Reports on military cantonments and civil stations in the Presidency of Bombay inspected by the Sanitary Commissioner in the years 1875 and 1876
Year: 1875
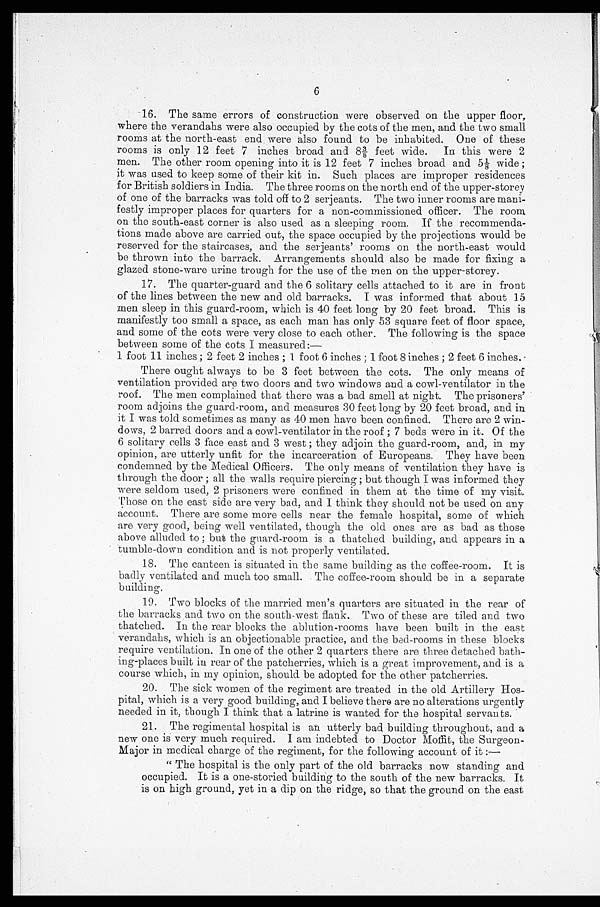
6
16. The same errors of construction were observed on the upper floor,
where the verandahs were also occupied by the cots of the men, and the two small
rooms at the north-east end were also found to be inhabited. One of these
rooms is only 12 feet 7 inches broad and 8 3/8 feet wide. In this were 2
men. The other room opening into it is 12 feet 7 inches broad and 5 1/8 wide;
it was used to keep some of their kit in. Such places are improper residences
for British soldiers in India. The three rooms on the north end of the upper-storey
of one of the barracks was told off to 2 serjeants. The two inner rooms are mani-
- f e s t l y i m p r o p e r p l a c e s f o r q u a r t e r s f o r a n o n - c o m m i s s i o n e d o f f i c e r . T h e r o o m
on the south-east corner is also used as a sleeping room. If the recommenda--
tions made above are carried out, the space occupied by the projections would be
reserved for the staircases, and the serjeants' rooms on the north-east would
be thrown into the barrack. Arrangements should also be made for fixing a
glazed stone-ware urine trough for the use of the men on the upper-storey.
17. The quarter-guard and the 6 solitary cells attached to it are in front
of the lines between the new and old barracks. I was informed that about 15
men sleep in this guard-room, which is 40 feet long by 20 feet broad. This is
manifestly too small a space, as each man has only 53 square feet of floor space,
and some of the cots were very close to each other. The following is the space
between some of the cots I measured:—
1 foot 11 inches; 2 feet 2 inches; 1 foot 6 inches; 1 foot 8 inches; 2 feet 6 inches.
There ought always to be 3 feet between the cots. The only means of
ventilation provided are two doors and two windows and a cowl-ventilator in the
roof. The men complained that there was a bad smell at night. The prisoners'
room adjoins the guard-room, and measures 30 feet long by 20 feet broad, and in
it I was told sometimes as many as 40 men have been confined. There are 2 win-
dows, 2 barred doors and a cowl-ventilator in the roof; 7 beds were in it. Of the
6 solitary cells 3 face east and 3 west; they adjoin the guard-room, and, in my
opinion, are utterly unfit for the incarceration of Europeans. They have been
condemned by the Medical Officers. The only means of ventilation they have is
through the door; all the walls require piercing; but though I was informed they
were seldom used, 2 prisoners were confined in them at the time of my visit.
Those on the east side are very bad, and I think they should not be used on any
account. There are some more cells near the female hospital, some of which
are very good, being well ventilated, though the old ones are as bad as those
above alluded to; but the guard-room is a thatched building, and appears in a
tumble-down condition and is not properly ventilated.
18. The canteen is situated in the same building as the coffee-room. It is
badly ventilated and much too small. The coffee-room should be in a separate
building.
19. Two blocks of the married men's quarters are situated in the rear of
the barracks and two on the south-west flank. Two of these are tiled and two
thatched. In the rear blocks the ablution-rooms have been built in the east
verandahs, which is an objectionable practice, and the bed-rooms in these blocks
require ventilation. In one of the other 2 quarters there are three detached bath-
- i n g - p l a c e s b u i l t i n r e a r o f t h e p a t c h e r r i e s , w h i c h i s a g r e a t i m p r o v e m e n t , a n d i s a
course which, in my opinion, should be adopted for the other patcherries.
20. The sick women of the regiment are treated in the old Artillery Hos-
- p i t a l , w h i c h i s a v e r y g o o d b u i l d i n g , a n d I b e l i e v e t h e r e a r e n o a l t e r a t i o n s u r g e n t l y
needed in it, though I think that a latrine is wanted for the hospital servants.
21. The regimental hospital is an utterly bad building throughout, and a
new one is very much required. I am indebted to Doctor Moffit, the Surgeon-
Major in medical charge of the regiment, for the following account of it
: —
"The hospital is the only part of the old barracks now standing and
occupied. It is a one-storied building to the south of the new barracks. It
is on high ground, yet in a dip on the ridge, so that the ground on the east